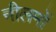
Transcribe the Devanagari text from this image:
नीलमों